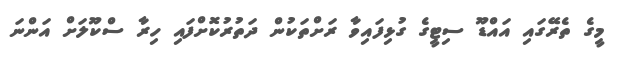
މީގެ ތެރޭގައި އައްޑޫ ސިޓީގެ ގުޅިފައިވާ ރަށްތަކުން ދަތުރުކޮށްފައި ހިރާ ސްކޫލަށް އަންނަ